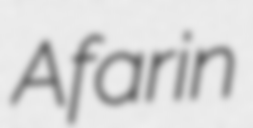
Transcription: Afarin